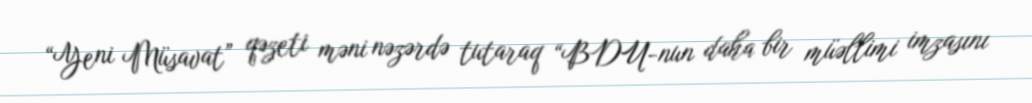
“Yeni Müsavat” qəzeti məni nəzərdə tutaraq “BDU-nun daha bir müəllimi imzasını